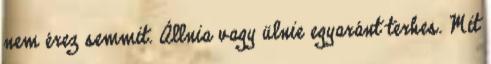
nem érez semmit. Állnia vagy ülnie egyaránt terhes. Mit